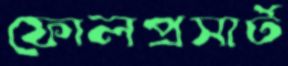
ফোলপ্রসার্ট